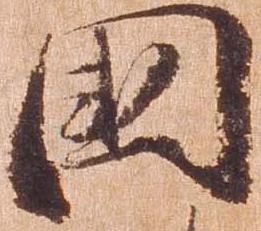
国